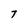
Character: T